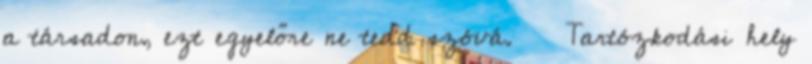
a társadon, ezt egyelőre ne tedd szóvá. Tartózkodási hely